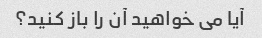
آیا می خواهید آن را باز کنید؟